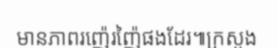
មានភាពរញ៉េរញ៉ៃផងដែរ៕ក្រសួង